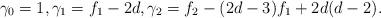
LaTeX: \begin{align*} \gamma_0 = 1, \gamma_1 = f_1 -2d, \gamma_2 = f_2 -(2d-3)f_1 +2d(d-2).\end{align*}